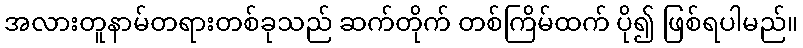
အလားတူနာမ်တရားတစ်ခုသည် ဆက်တိုက် တစ်ကြိမ်ထက် ပို၍ ဖြစ်ရပါမည်။